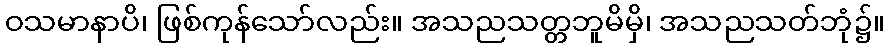
ဝသမာနာပိ၊ ဖြစ်ကုန်သော်လည်း။ အသညသတ္တဘူမိမှိ၊ အသညသတ်ဘုံ၌။